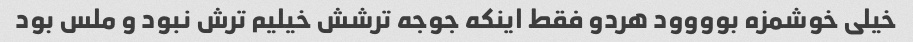
خیلی خوشمزه بوووود هردو فقط اینکه جوجه ترشش خیلیم ترش نبود و ملس بود